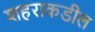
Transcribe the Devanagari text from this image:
शहराकडील